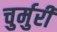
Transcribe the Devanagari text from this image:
चुर्मुरी